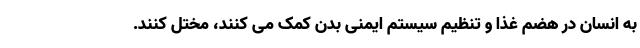
به انسان در هضم غذا و تنظیم سیستم ایمنی بدن کمک می کنند، مختل کنند.